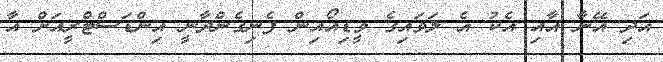
އަދި އޭނާ އާއި އެކު އެ ލަވައިގެ ވީޑިއޯއިން ފެނިގެންދާނީ އިންޑަސްޓްރީއަށް އާ